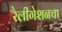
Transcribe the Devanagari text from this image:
रेलीगेशनचा